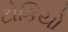
ટોકિયો